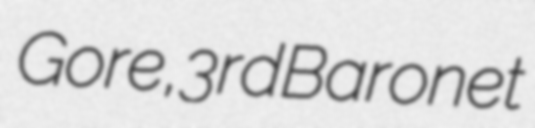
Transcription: Gore, 3rd Baronet